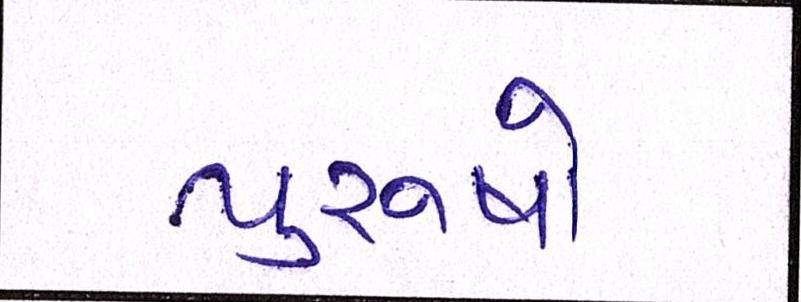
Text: પુરૂષો